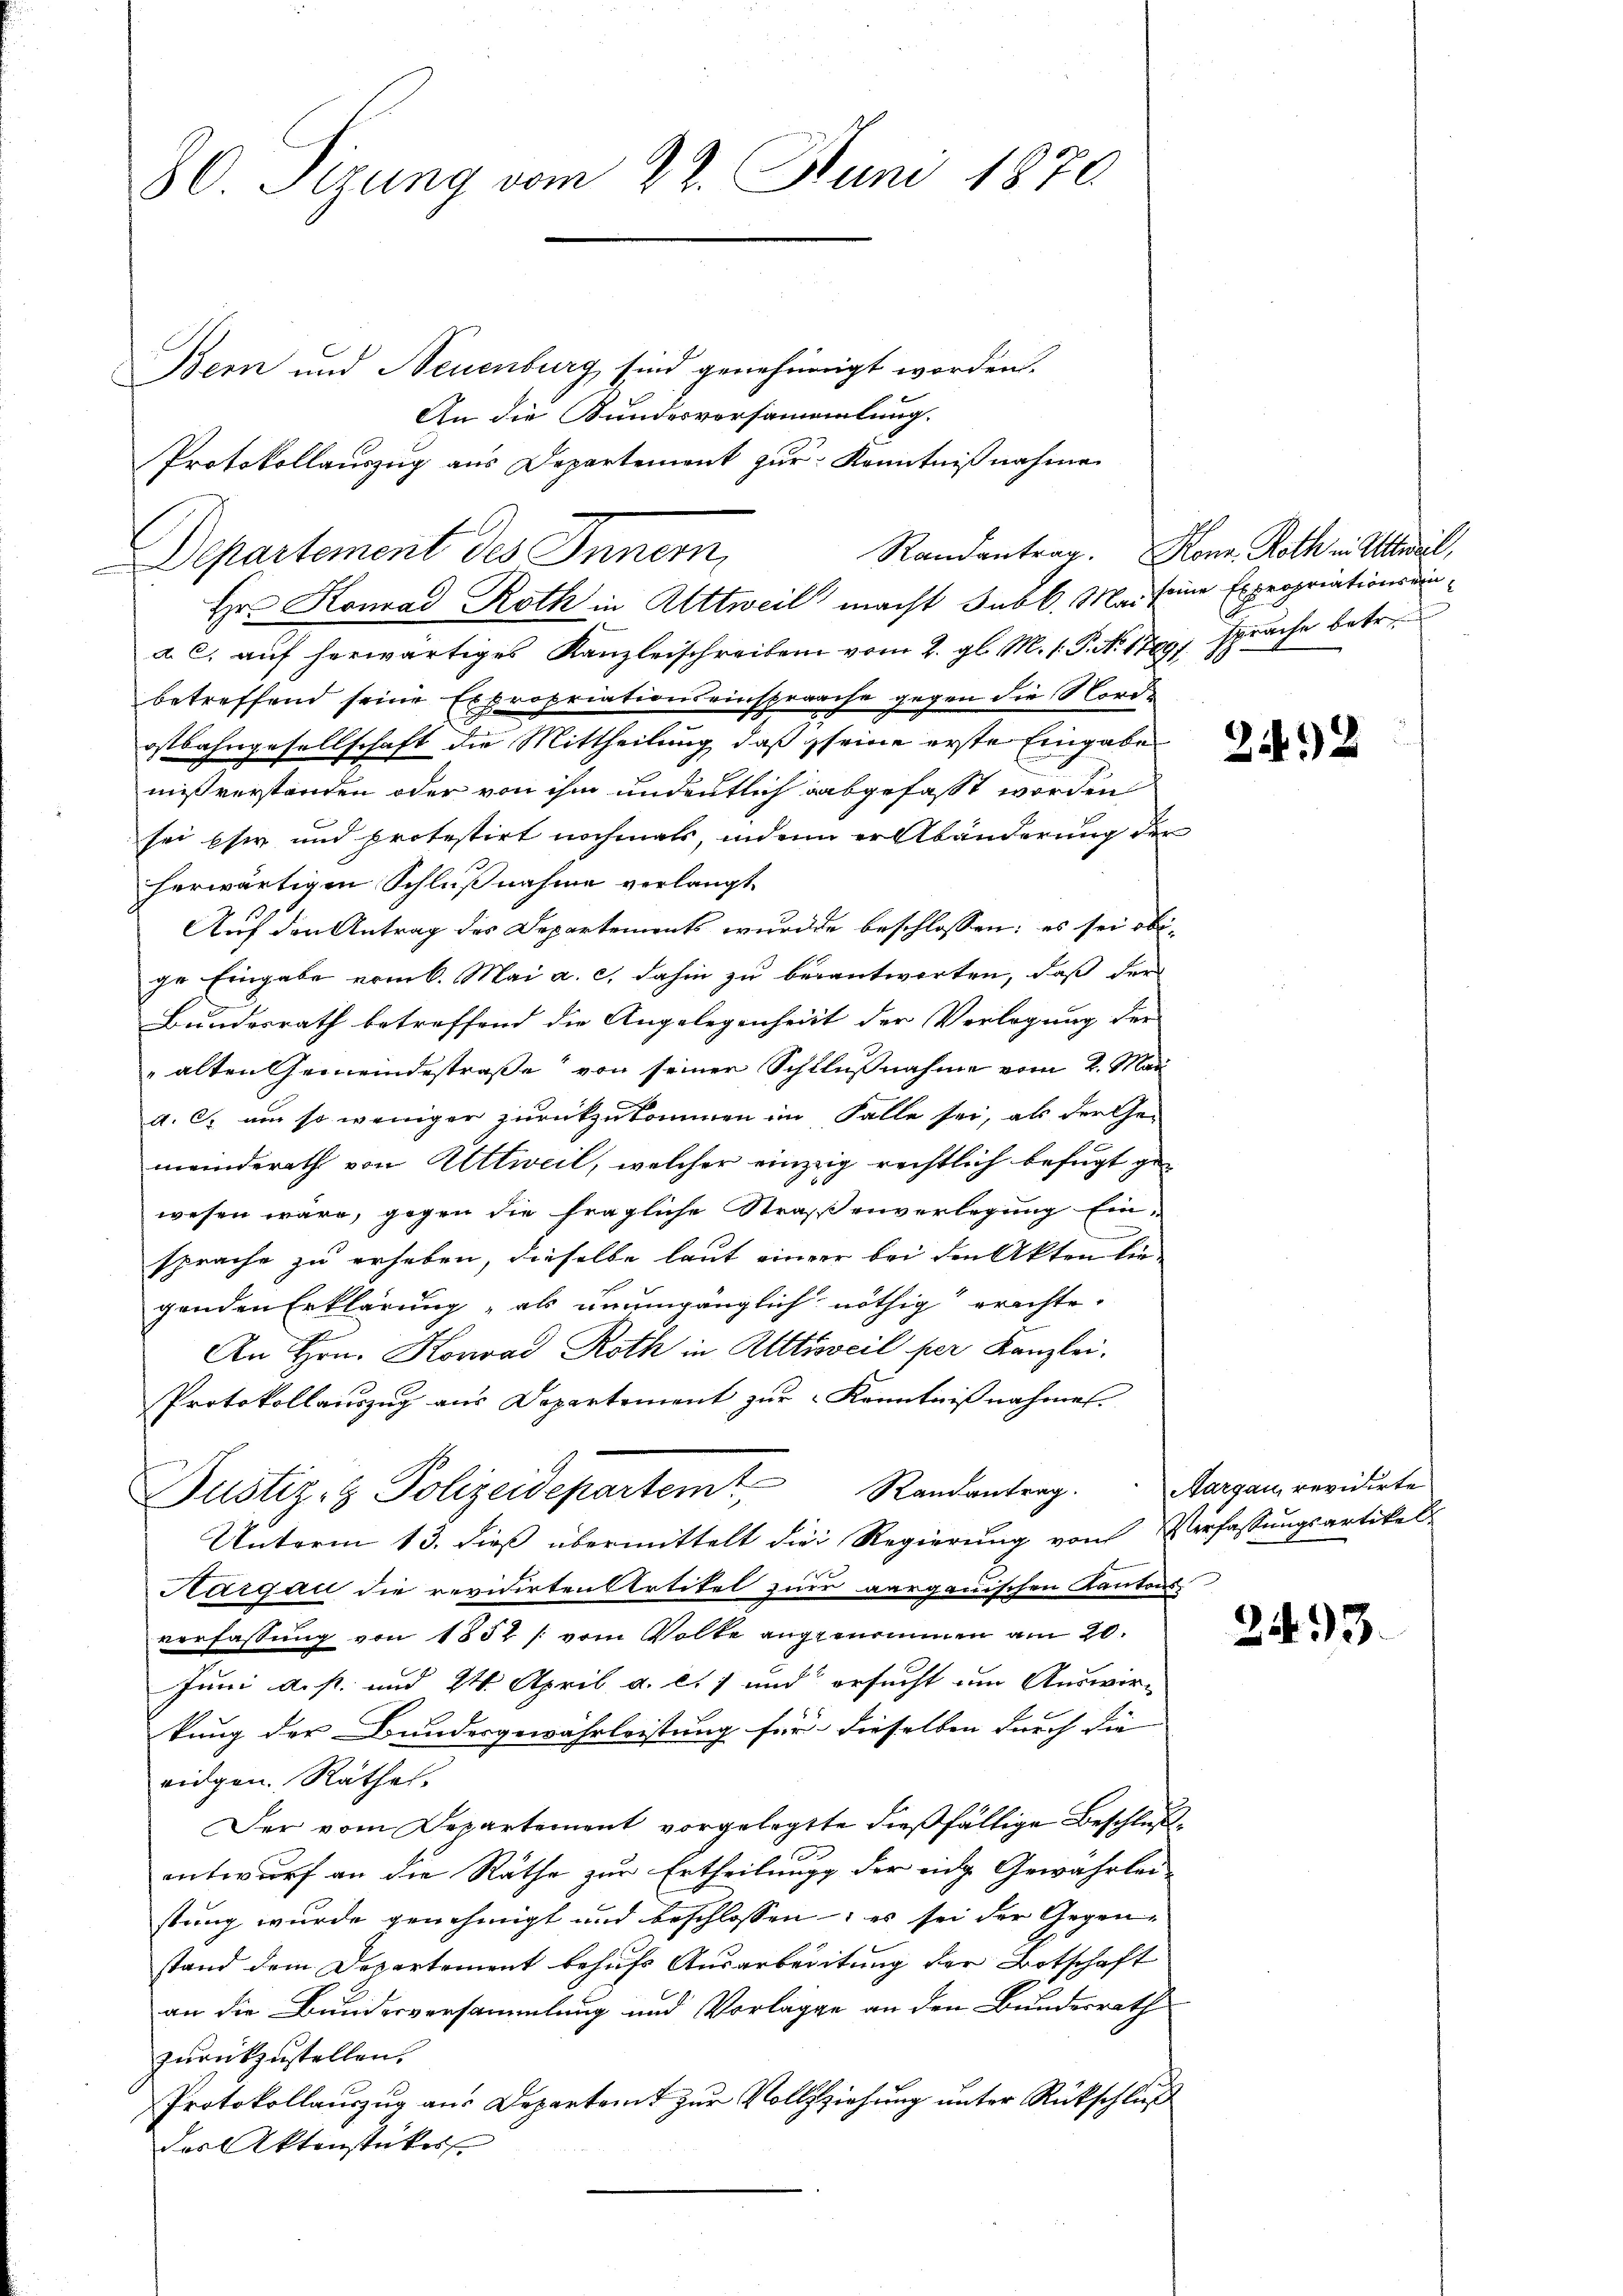
80. Sizung vom 27. Juni 1870

Bern und Neuenburg sind genehmigt worden.
An die Bundesvorsammlung.
Protokollauszug aus Departement zur Kenntnißnahme
Hr. Konrad Roth in Attweil macht Subl. Mai seine Expropriationsdina. c. aŭf herwärtiges Kanzleischreiben vom 2. gl. M. 1. P. Nr. 1789, sprache betr.
betreffend seine Expropriationseinsprache gegen die Nordostbahngesellschaft die Mittheilung daß seine erste Eingabe
mißverstanden oder von ihm undeutlich abgefasst worden
sei eser und protestirt nochmals, indem er Abänderung der
herwärtigen Schlußnahme verlangt.
Auf den Antrag des Departements wurde beschlossen; es sei obi-
ge Eingabe vom 6. Mai a. c. dahin zu berantworten, daß der
Bundesrath betreffend die Angelegenheit der Verlegung der
„alten Gemeindestraße von seiner Schlußnahme vom 2. Mai
a. c. um so weniger zurückzukommen im Falle sei, als der Ge-
meinderath von Rittweil, welcher einzig rechtlich befugt gewesen wäre, gegen die fragliche Straßenverlegung Einsprache zu erheben, dieselbe laut einer bei den Akten lie
genden Erklärung als unumgänglich nöthig erachte.
An Hrn. Konrad Roth in Attisweil per Kanzlei.
Protokollauszug aus Departement zur Kenntnißnahmen.
Justiz- & Polizeidepartem Randantrag. Aargau, revidirte
Unterm 13. dieß übermittelt die Regierung von Verfassungsartikel
Aargau die revidirten Strtitel zur aargauischen Kantons
verfassung von 1852 /: vom Volke angenommen am 20.
Juni d. s. und 24. April a. c. 7 und ersucht um Auswir-
kung der Bundesgewährleistung für dieselben durch die |
ridgen. Räthe.
Der vom Departement vorgelegte dießfällige Beschlußantwurf an die Rathe zur Ertheilung der eidg. Gewährlei-
stung wurde genehmigt und beschlossen, es sei der Gegen-
stand dem Departement behufs Ausarbeitung der Botschaft
an die Bundesversammlung und Vorlagge an den Bundesrath
zurückzustellen.
Protokollauszug aus Departamt zur Vollziehung unter Rückschluß
des Aktenstückes

Departement des Inner,

Randantrag. Konr. Roth in Altweil,

24 x

2493.